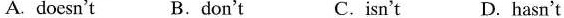
A. doesn't B.don't C.isn't D. hasn't